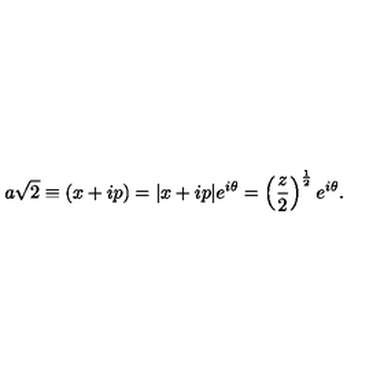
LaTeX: a { \sqrt { 2 } } \equiv ( x + i p ) = | x + i p | e ^ { i \theta } = \left( \frac { z } { 2 } \right) ^ { \frac { 1 } { 2 } } e ^ { i \theta } .